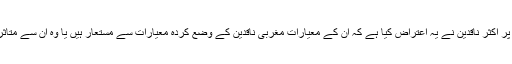
حالیؔ پر اکثر ناقدین نے یہ اعتراض کیا ہے کہ ان کے معیارات مغربی ناقدین کے وضع کردہ معیارات سے مستعار ہیں یا وہ ان سے متاثر ہیں۔